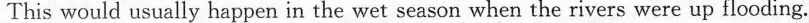
This would usually happen in the wet season when the rivers were up flooding.